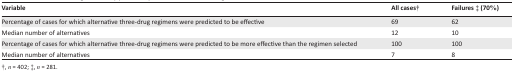
| Variable | All cases† | Failures ‡ (70%) |
 | --- | --- | --- |
 | Percentage of cases for which alternative three-drug regimens were predicted to be effective | 69 | 62 |
 | Median number of alternatives | 12 | 10 |
 | Percentage of cases for which alternative three-drug regimens were predicted to be more effective than the regimen selected | 100 | 100 |
 | Median number of alternatives | 7 | 8 |